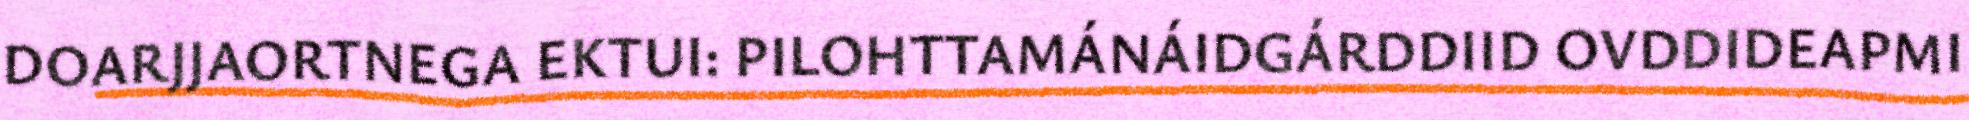
DOARJJAORTNEGA EKTUI: PILOHTTAMÁNÁIDGÁRDDIID OVDDIDEAPMI